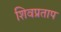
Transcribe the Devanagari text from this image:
शिवप्रताप